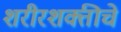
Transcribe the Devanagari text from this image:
शरीरशक्तीचे